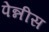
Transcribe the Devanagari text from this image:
पेन्नीस